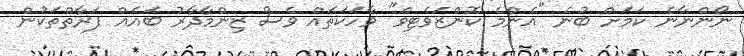
ނޯންނާނެ ކަމަށް ބުނެ "އެންމެ ކޮންޒަވެޓިވް" ވާހަކަތައް ވެސް ޒިންމާދާރު ބައެއް ފަރާތްތަކުން